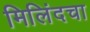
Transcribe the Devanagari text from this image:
मिलिंदचा